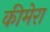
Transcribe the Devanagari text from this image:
कीमेरा